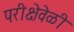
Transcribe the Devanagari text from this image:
परीक्षेवेळी